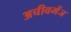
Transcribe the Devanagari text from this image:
अचीवमेंज